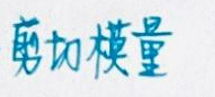
剪切模量